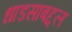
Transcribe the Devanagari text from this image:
धाडसाबद्दल